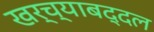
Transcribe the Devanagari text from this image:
खर्च्याबद्दल